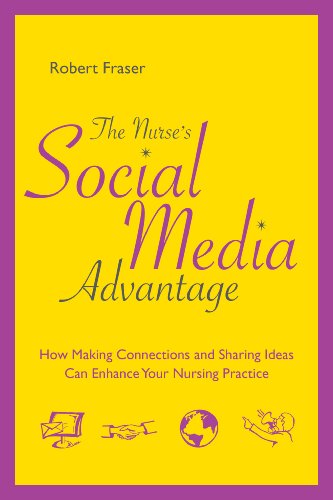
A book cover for The Nurse's Social Media Advantage: How Making Connections and Sharing Ideas Can Enhance Your Nursing Practice; Robert Fraser BScN RN; Medical Books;